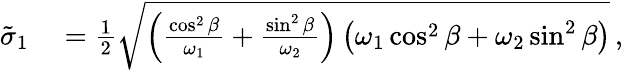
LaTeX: \begin{array}{rl}{\tilde{\sigma}_{1}}&{{}=\frac{1}{2}\sqrt{\left(\frac{\cos^{2}\beta}{\omega_{1}}+\frac{\sin^{2}\beta}{\omega_{2}}\right)\left(\omega_{1}\cos^{2}\beta+\omega_{2}\sin^{2}\beta\right)}\, ,}\end{array}